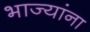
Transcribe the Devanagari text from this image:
भाज्यांना